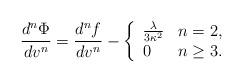
LaTeX: \begin{align*} \frac{d^{n}\Phi}{dv^{n}}=\frac{d^nf}{dv^n}-\left\{ \begin{array}{ll} \frac{\lambda}{3\kappa^2} & n=2,\\ 0 & n\geq 3. \end{array}\right.\end{align*}